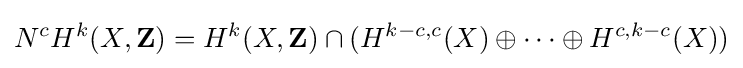
N^{c}H^{k}(X,\mathbf {Z} )=H^{k}(X,\mathbf {Z} )\cap (H^{k-c,c}(X)\oplus \cdots \oplus H^{c,k-c}(X))